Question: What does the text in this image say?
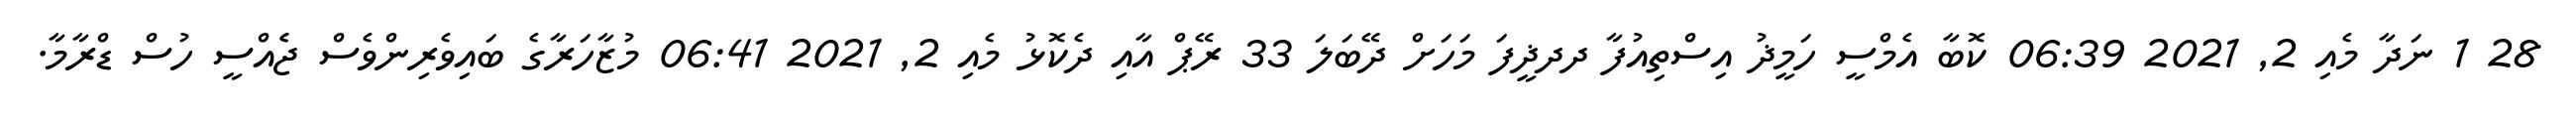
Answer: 28 1 ނަދާ މެއި 2, 2021 06:39 ކޮބާ އެމްސީ ހަމީޛު އިސްތިއުފާ ދދޛީފަ މަހަށް ދޭބަލަ 33 ރޭޕް އާއި ދެކޮޅު މެއި 2, 2021 06:41 މުޒާހަރާގެ ބައިވެރިންވެސް ޖެެއްސީ ހުސް ޑްރާމާ.